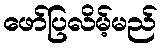
ဖော်ပြလိမ့်မည်